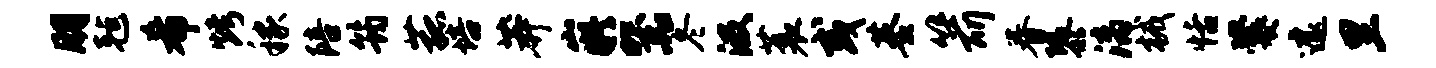
朋毡希烤稼陪筠菰培莽嶷器冬汲蓑或基箭眷隳漓械恬爨遽里